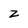
Character: z